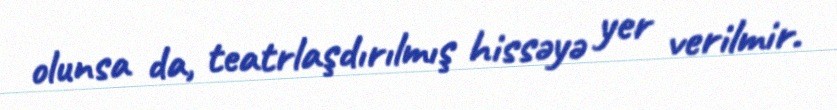
olunsa da, teatrlaşdırılmış hissəyə yer verilmir.